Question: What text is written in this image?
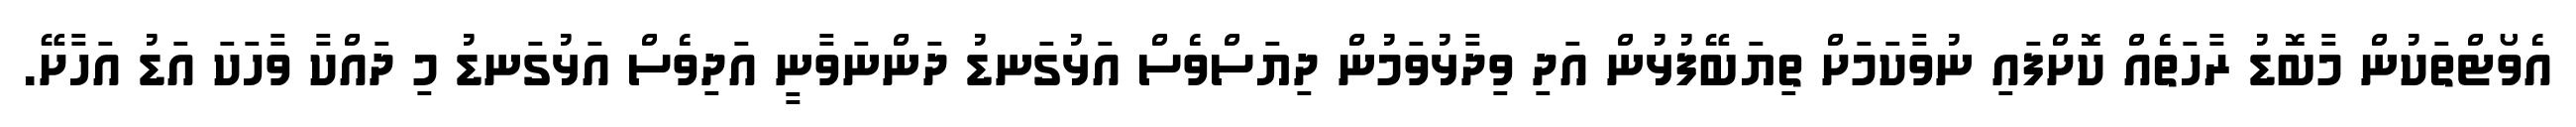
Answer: އެވޯޓްތަކުން މާބޮޑު ރާހަތެއް ކޮށްފައި ނުވާކަމަށް ތިޔަބޭފުޅުން އަދި ވިދާޅުވަމުން ދިޔަސްވެސް އަޅުގަނޑު ދަންނަވާނީ އަދިވެސް އަޅުގަނޑު މި ދައްކާ ވާހަކަ އަޑު އަހާށޭ.